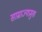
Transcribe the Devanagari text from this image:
साम्राज्यप्रमुख